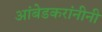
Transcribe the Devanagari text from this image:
आंबेडकरांनीनी